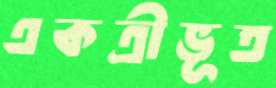
একত্রীভূত